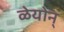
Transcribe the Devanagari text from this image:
ळेयोन्